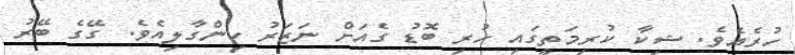
ހުރެއެވެ. ޝިކާ ކުރިމަތީގައި ހުރި ބޮޑު ގެއަށް ނަޒަރު ހިންގާލިއެވެ. ގޭގެ ބޭރު